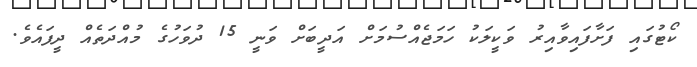
ކޯޓުގައި ފަށާފައިވާއިރު ވަކީލަކު ހަމަޖެއްސުމަށް އަދީބަށް ވަނީ 15 ދުވަހުގެ މުއްދަތެއް ދީފައެވެ.